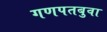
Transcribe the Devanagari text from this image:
गणपतबुवा